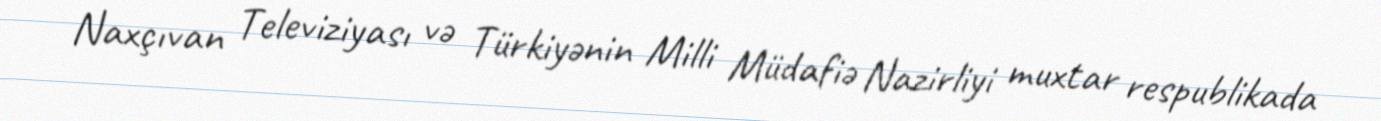
Naxçıvan Televiziyası və Türkiyənin Milli Müdafiə Nazirliyi muxtar respublikada